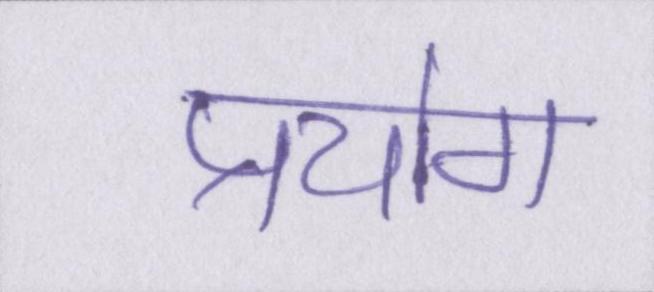
प्रयोग